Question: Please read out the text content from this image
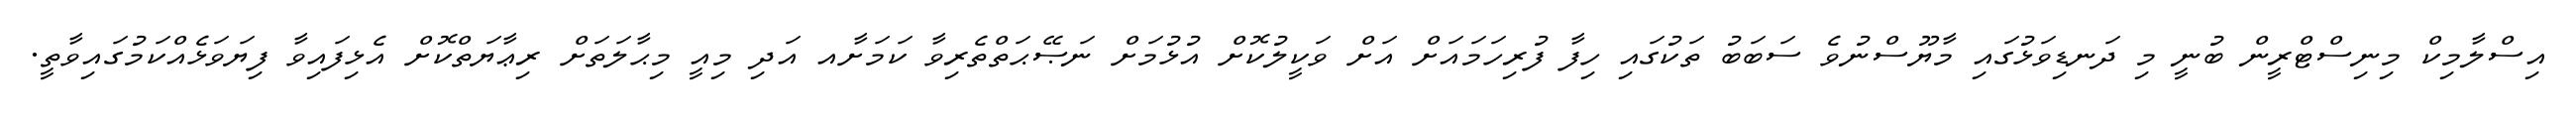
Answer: އިސްލާމިކް މިނިސްޓްރީން ބުނީ މި ދަނޑިވަޅުގައި މާޔޫސްނުވެ ސަބަބު ތަކުގައި ހިފާ ފުރިހަމައަށް އަށް ވަކީލުކޮށް އުޅުމަށް ނަޞޭޙަތްތެރިވާ ކަމަށާއ އަދި މިއީ މިޙާލަތަށް ރިޢާޔަތްކޮށް އެޅިފައިވާ ފިޔަވަޅެއްކަމުގައިވާތީ.